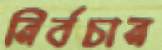
নির্বচান